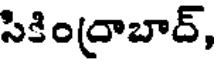
సికింద్రాబాద్,